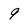
Character: 9